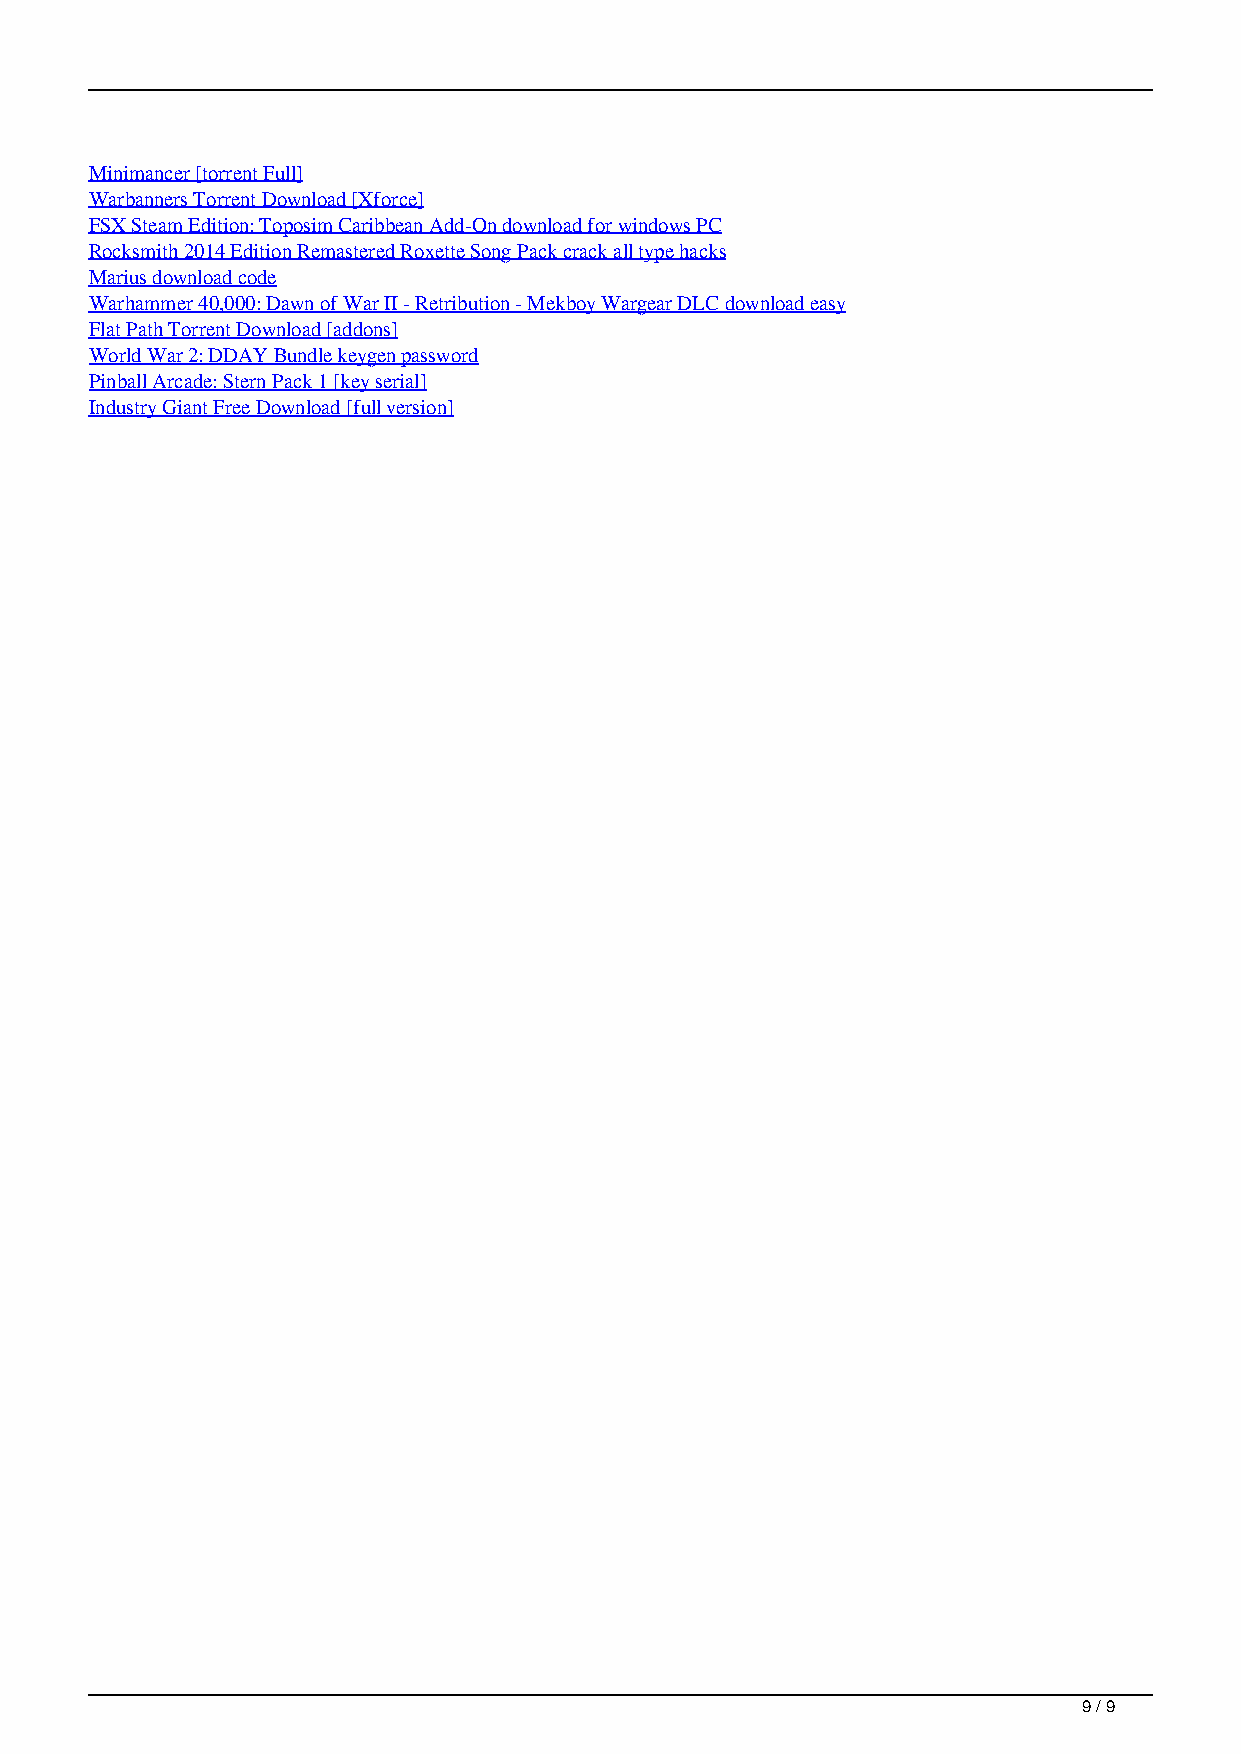
Minimancer [torrent Full]
 Warbanners Torrent Download [Xforce]
 FSX Steam Edition: Toposim Caribbean Add-On download for windows PC
 Rocksmith 2014 Edition Remastered Roxette Song Pack crack all type hacks
 Marius download code
 Warhammer 40,000: Dawn of War II - Retribution - Mekboy Wargear DLC download easy
 Flat Path Torrent Download [addons]
 World War 2: DDAY Bundle keygen password
 Pinball Arcade: Stern Pack 1 [key serial]
 Industry Giant Free Download [full version]
 9 / 9
 Still Dark At Dawn Download No Virus